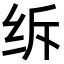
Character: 𦈈